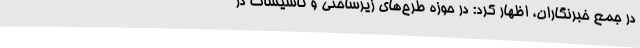
در جمع خبرنگاران، اظهار کرد: در حوزه طرح‌های زیرساختی و تأسیسات در